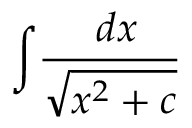
\int \! { \frac { \ d x } { \sqrt { x ^ { 2 } + c } } }